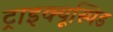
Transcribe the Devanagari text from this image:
ट्राइक्यूस्पिड